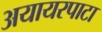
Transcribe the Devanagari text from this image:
अयायरपाटा